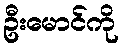
ဦးမောင်ကို